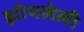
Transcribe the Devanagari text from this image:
झोपलेली